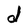
Character: d